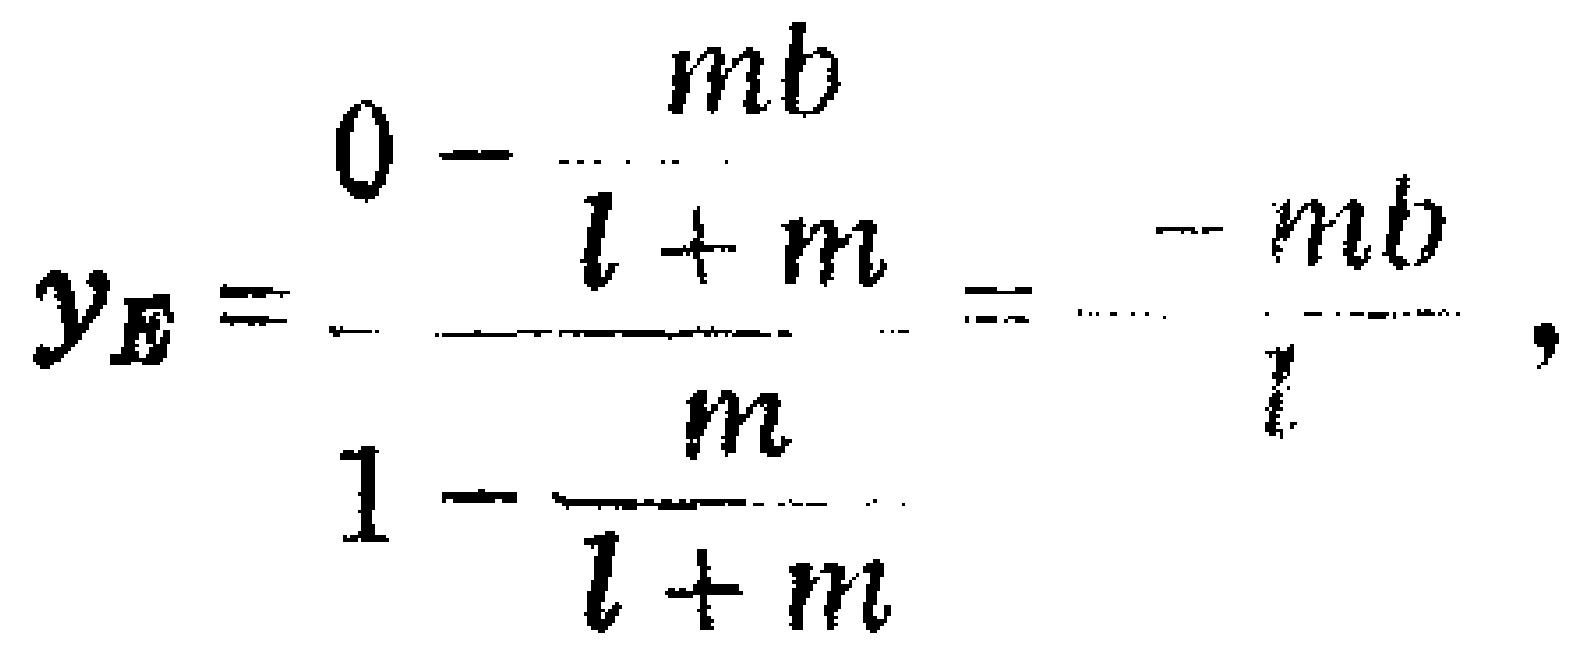
\[y_{E}=\frac{0 - \frac{mb}{l + m}}{1-\frac{m}{l + m}}=\frac{-mb}{l},\]